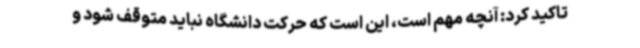
تاکید کرد: آنچه مهم است، این است که حرکت دانشگاه نباید متوقف شود و